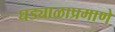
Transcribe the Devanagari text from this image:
घड्याळाप्रमाणे